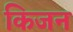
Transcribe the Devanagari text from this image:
किजन